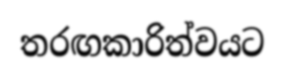
තරඟකාරිත්වයට